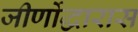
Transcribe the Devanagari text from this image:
जीर्णोद्धारास